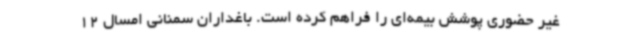
غیر حضوری پوشش بیمه‌ای را فراهم کرده است. باغداران سمنانی امسال 12